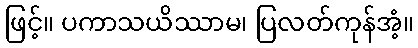
ဖြင့်။ ပကာသယိဿာမ၊ ပြလတ်ကုန်အံ့။